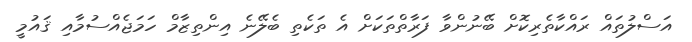
އަސްލުތައް ރައްކާތެރިކޮށް ބޭނުންވާ ފަރާތްތަކަށް އެ ތަކެތި ބެލޭނެ އިންތިޒާމް ހަމަޖެއްސުމާއި ޤައުމީ